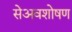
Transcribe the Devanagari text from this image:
सेअवशोषण